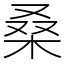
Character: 桑